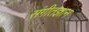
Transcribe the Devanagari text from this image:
संगीतज्ञान